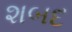
શબદ